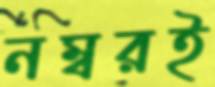
নম্বরই